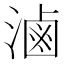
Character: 滷